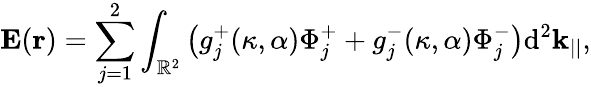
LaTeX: \mathbf{E}(\mathbf{r})=\sum_{j=1}^{2}\int_{\mathbb{R}^{2}}\big(g_{j}^{+}(\kappa,\alpha)\Phi_{j}^{+}+g_{j}^{-}(\kappa,\alpha)\Phi_{j}^{-}\big)\mathrm{d}^{2}\mathbf{k}_{||},